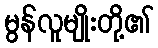
မွန်လူမျိုးတို့၏